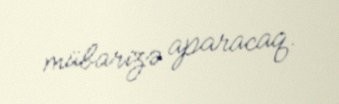
mübarizə aparacaq.